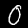
Digit: 0